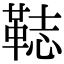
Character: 𩊴